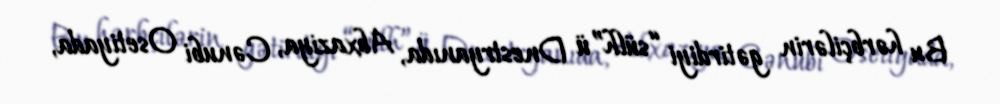
Bu hərbçilərin gətirdiyi “sülh”ü Dnestryanıda, Abxaziya, Cənubi Osetiyada,